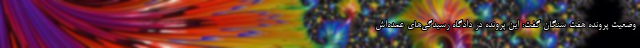
وضعیت پرونده هفت سنگان گفت: این پرونده در دادگاه رسیدگی‌های عمده‌اش